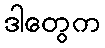
ဒါတွေက